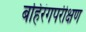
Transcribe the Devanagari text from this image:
बहिरंगपरीक्षण